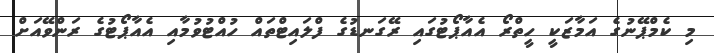
މި ކެމްޕޭނުގެ އަމާޒަކީ ހީތްރޯ އެއާޕޯޓުގައި ރޭގަނޑުގެ ފްލައިޓްތައް ހުއްޓުވުމާއި އެއާޕޯޓުގެ ރަންވޭއަށް